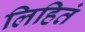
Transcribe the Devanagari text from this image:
लिहितं